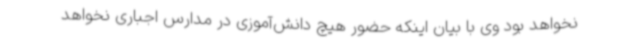
نخواهد بود وی با بیان اینکه حضور هیچ دانش‌آموزی در مدارس اجباری نخواهد